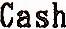
CASH